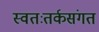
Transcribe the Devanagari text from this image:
स्वतःतर्कसंगत